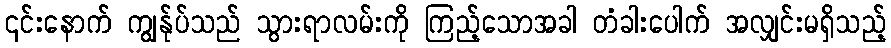
၎င်းနောက် ကျွန်ုပ်သည် သွားရာလမ်းကို ကြည့်သောအခါ တံခါးပေါက် အလျှင်းမရှိသည့်